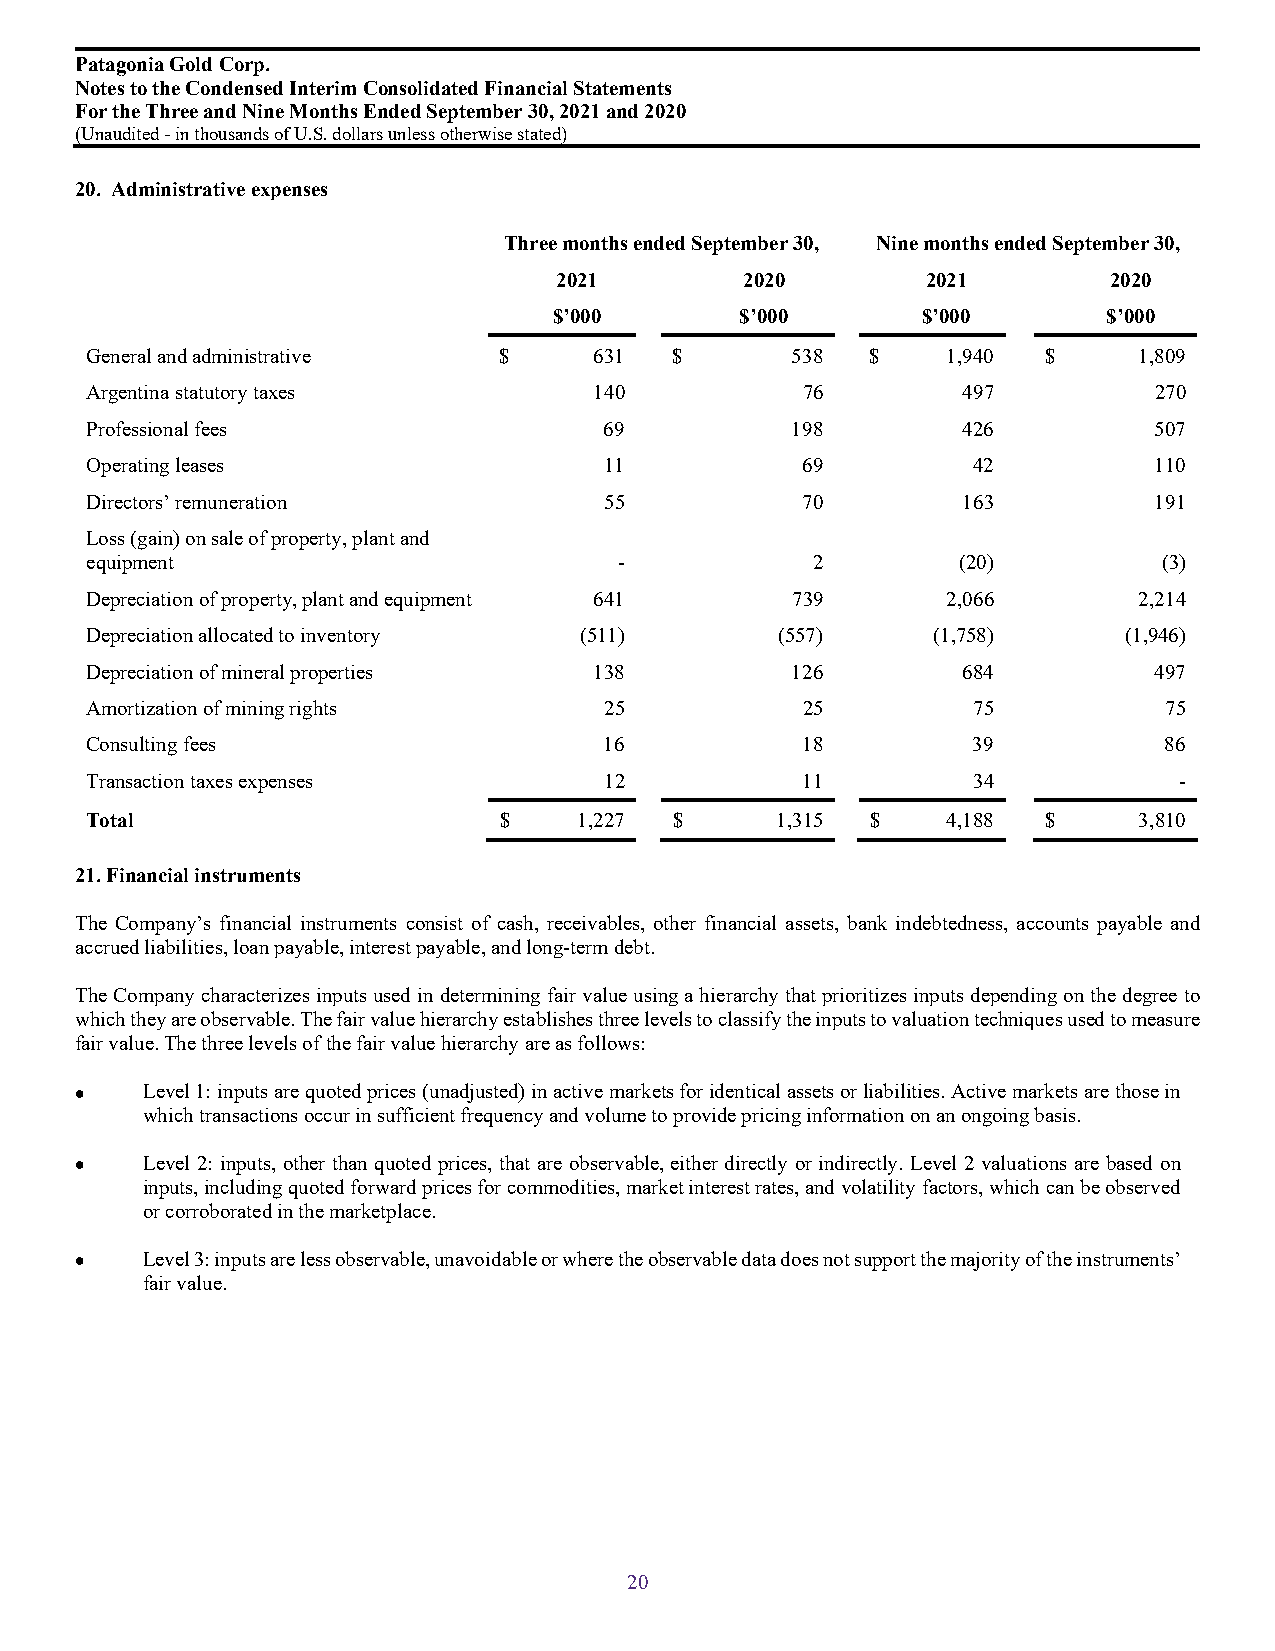
Patagonia Gold Corp.
 Notes to the Condensed Interim Consolidated Financial Statements
 For the Three and Nine Months Ended September 30, 2021 and 2020
 (Unaudited - in thousands of U.S. dollarsunless otherwise stated)
 20. Administrative expenses
 Three months ended September 30, Nine months ended September 30,
 2021        2020        2021        2020
 $’000       $’000       $’000       $’000
 General and administrative $     631   $      538   $    1,940 $     1,809
 Argentina statutory taxes        140           76         497         270
 Professional fees                 69          198         426         507
 Operating leases                  11           69         42          110
 Directors’ remuneration           55           70         163         191
 Loss (gain) on sale of property, plant and
 equipment                          -            2         (20)         (3)
 Depreciation of property, plant and equipment 641 739    2,066       2,214
 Depreciation allocated to inventory (511)     (557)     (1,758)     (1,946)
 Depreciation of mineral properties 138        126         684         497
 Amortization of mining rights     25           25         75           75
 Consulting fees                   16           18         39           86
 Transaction taxes expenses        12           11         34            -
 Total                      $    1,227  $     1,315  $    4,188 $     3,810
 21. Financial instruments
 The Company’s financial instruments consist of cash, receivables, other financial assets, bank indebtedness, accounts payable and
 accrued liabilities, loan payable, interest payable, and long-term debt.
 The Company characterizes inputs used in determining fair value using a hierarchy that prioritizes inputs depending on the degree to
 which they are observable. The fair value hierarchy establishes three levels to classify the inputs to valuation techniques used to measure
 fair value. The three levels of the fair value hierarchy are as follows:
    Level 1: inputs are quoted prices (unadjusted) in active markets for identical assets or liabilities. Active markets are those in
 which transactions occur in sufficient frequency and volume to provide pricing information on an ongoing basis.
    Level 2: inputs, other than quoted prices, that are observable, either directly or indirectly. Level 2 valuations are based on
 inputs, including quoted forward prices for commodities, market interest rates, and volatility factors, which can be observed
 or corroborated in the marketplace.
    Level 3: inputs are less observable, unavoidable or where the observable data does not support the majority of the instruments’
 fair value.
 20